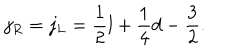
LaTeX: j _ { R } = j _ { L } = \frac { 1 } { 2 } l + \frac { 1 } { 4 } d - \frac { 3 } { 2 } .